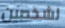
لشخصين